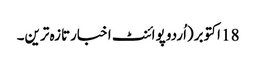
18 اکتوبر(اُردو پوائنٹ اخبارتازہ ترین۔